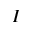
I